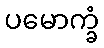
ပမောက္ခံ